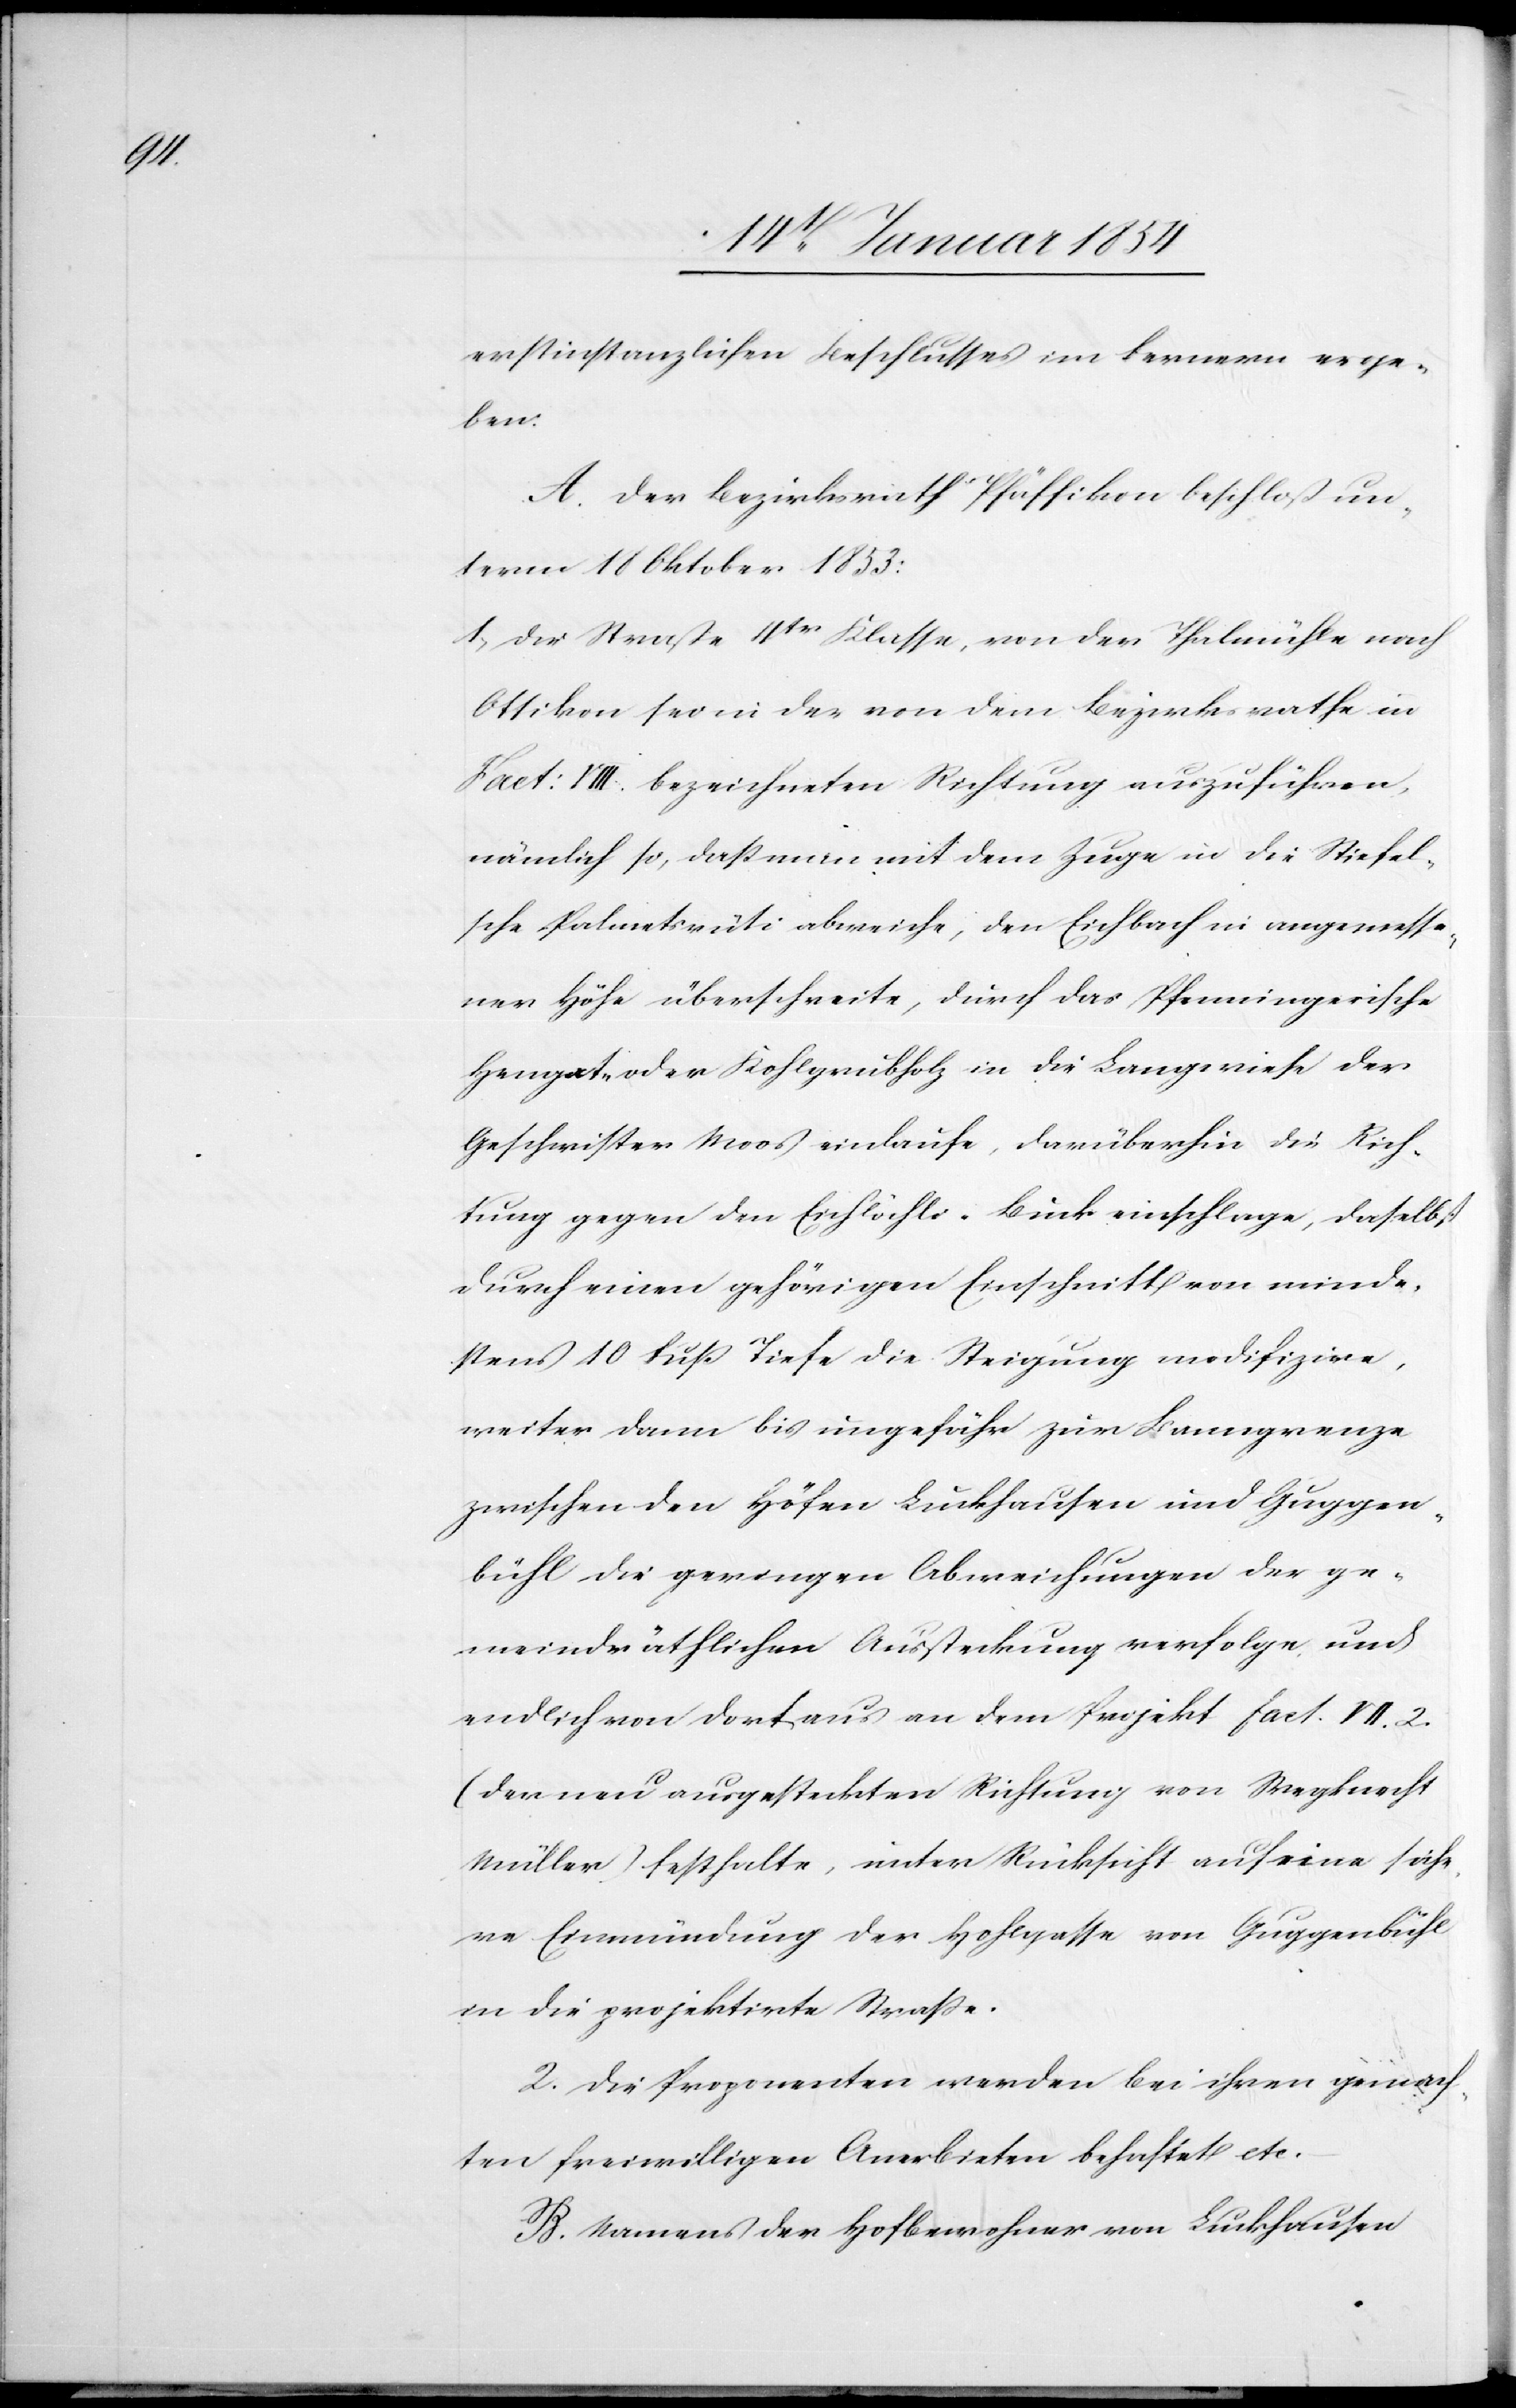
erstinstanzlichen Beschlusses im Fernern erge¬
ben:
A. Der Bezirksrath Pfäffikon beschloß un¬
term 18 Oktober 1853:
1. Die Straße 4tr Klasse, von der Thalmühle nach
Ottikon sei in der von dem Bezirksrathe in
Fact: VIII. bezeichneten Richtung auszuführen,
nämlich so, daß man mit dem Zuge in die Stiefel¬
sche Palmetsrüti abweiche, den Eichbach in angemesse¬
ner Höhe überschreite, durch da Pfenningersche
Hengat- oder Kohlgrubholz in die Langswiese der
Geschwister Moos einlaufe, darüberhin die Rich¬
tung gegen den Eichlöchli-Buck einschlage, daselbst
durch einen gehörigen Einschnitt von minde¬
stens 10 Fuß Tiefe die Steigung modifizire,
weiter dann bis ungefähr zur Banngrenze
zwischen den Höfen Lukhausen und Guggen¬
bühl die geringen Abweichungen der ge¬
meindräthlichen Aussteckung verfolge und
endlich von dortaus an dem Projekt fact. VII. c.
(der neu ausgesteckten Richtung von Wegknecht
Müller) festhalte, unter Rücksicht auf eine siche¬
re Einmündung der Hohlgasse von Guggenbühl
in die projektirte Straße.
2. Die Proponenten werden bei ihren gemach¬
ten freiwilligen Anerbieten behaftet etc.
B. Namens der Hofbewohner von Lukhausen